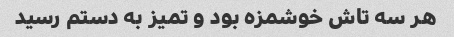
هر سه تاش خوشمزه بود و تمیز به دستم رسید